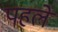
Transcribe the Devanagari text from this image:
पहलेे